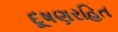
દૂષણરહિત